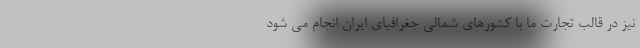
نیز در قالب تجارت ما با کشورهای شمالی جغرافیای ایران انجام می شود